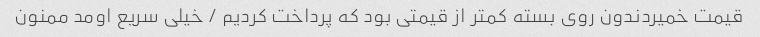
قیمت خمیردندون روی بسته کمتر از قیمتی بود که پرداخت کردیم / خیلی سریع اومد ممنون